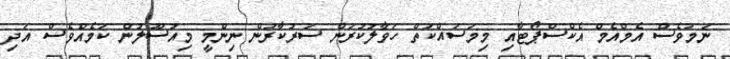
ނަމަވެސް އެމްއެމް އެކްސްޕޯޓާއި މިމަސައްކަތް ހަވާލުކުރަން ސަރުކާރުން ނިންމީ މިއުސޫލުން ކަމެއްވެސް އަދި